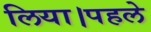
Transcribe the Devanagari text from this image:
लिया।पहले